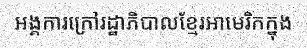
អង្គការក្រៅរដ្ឋាភិបាលខ្មែរអាមេរិកក្នុង